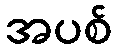
အပစ်